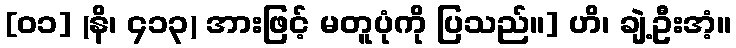
[၀၁] (နိ၊ ၄၁၃) အားဖြင့် မတူပုံကို ပြသည်။] ဟိ၊ ချဲ့ဦးအံ့။